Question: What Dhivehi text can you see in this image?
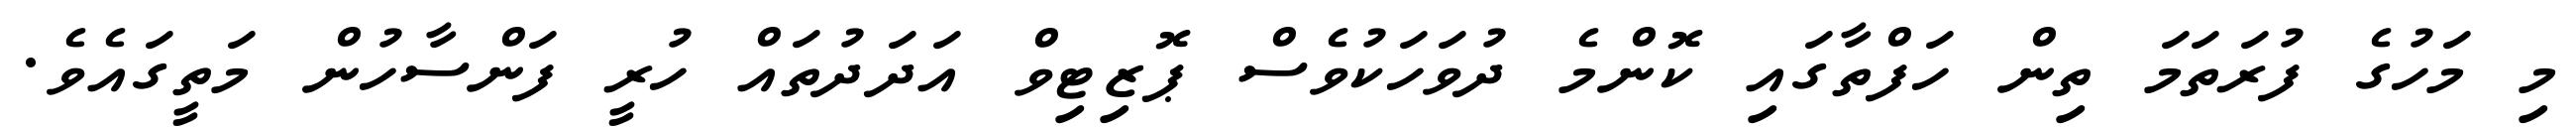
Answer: މި މަހުގެ ފުރަތަމަ ތިން ހަފްތާގައި ކޮންމެ ދުވަހަކުވެސް ޕޮޒިޓިވް އަދަދުތައް ހުރީ ފަންސާހުން މަތީގައެވެ.